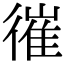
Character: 𢕘